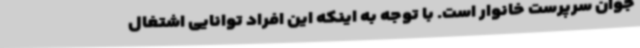
جوان سرپرست خانوار است. با توجه به اینکه این افراد توانایی اشتغال